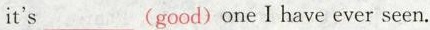
it's___(good)one I have ever seen.